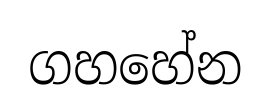
ගහහේන